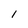
Character: 1